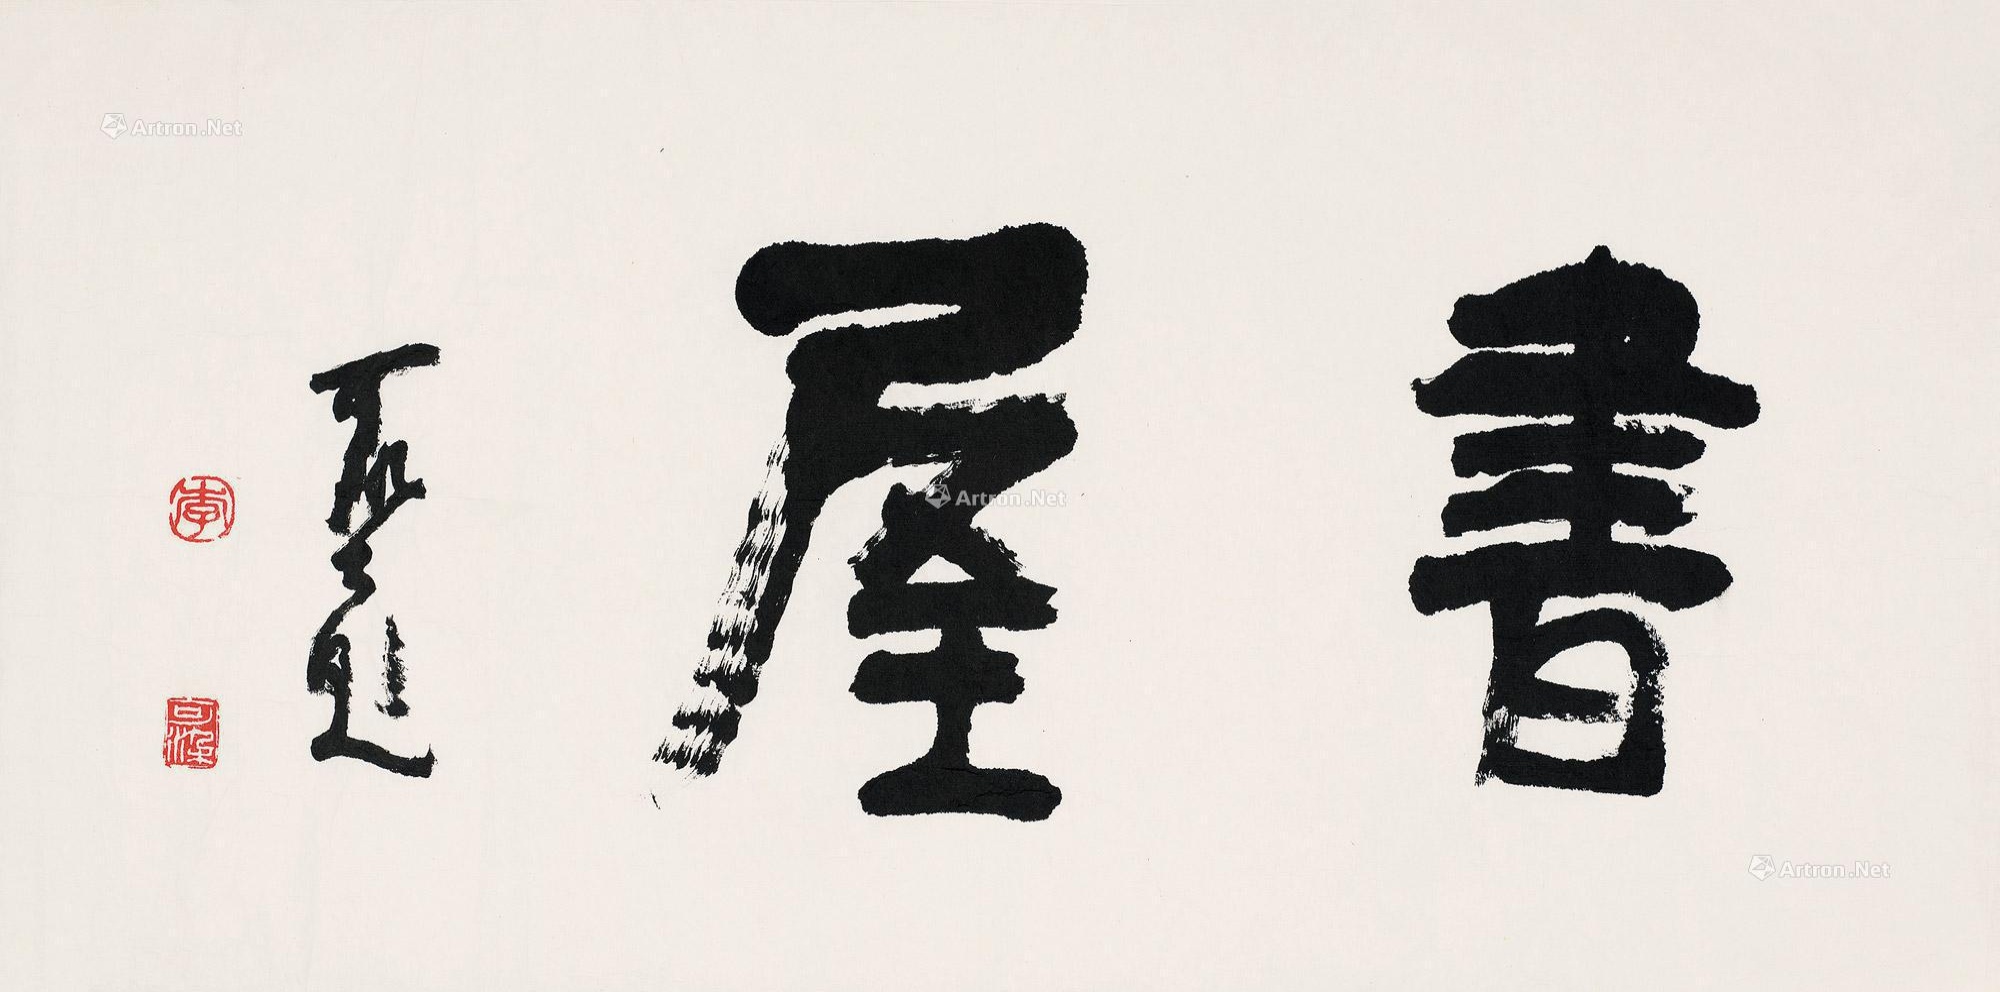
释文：书屋。可染题。